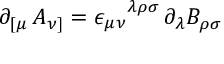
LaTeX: \partial _ { [ \mu } \, A _ { \nu ] } = \epsilon _ { \mu \nu } ^ { \phantom { \mu \nu } \lambda \rho \sigma } \, \partial _ { \lambda } B _ { \rho \sigma }